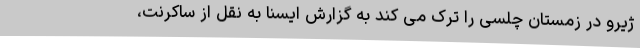
ژیرو در زمستان چلسی را ترک می کند به گزارش ایسنا به نقل از ساکرنت،